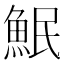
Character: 𫙗